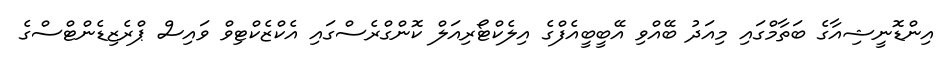
އިންޑޮނީޝިއާގެ ބަތާމްގައި މިއަދު ބޭއްވި އޭބީބީއެފްގެ އިލެކްޓޯރިއަލް ކޮންގްރެސްގައި އެކްޒެކްޓިވް ވައިސް ޕްރެޒިޑެންޓްސްގެ